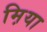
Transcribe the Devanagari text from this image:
म़िया